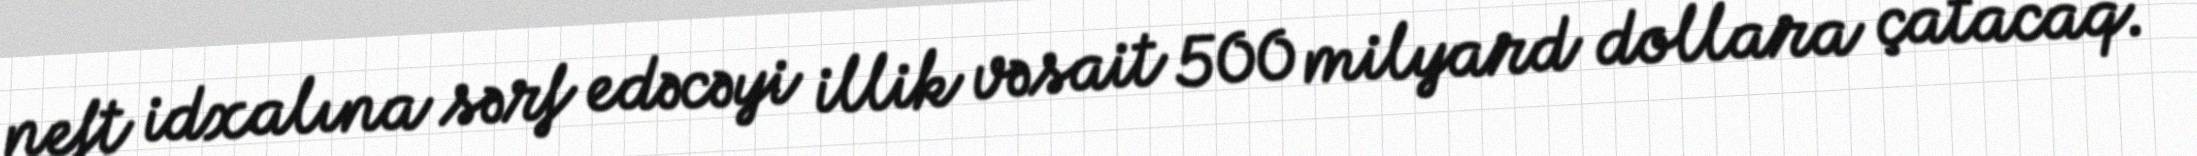
neft idxalına sərf edəcəyi illik vəsait 500 milyard dollara çatacaq.